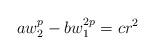
LaTeX: \begin{align*} aw_{2}^{p}-bw_{1}^{2p}=cr^2\end{align*}